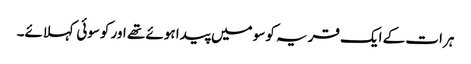
ہرات کے ایک قریہ کوسو میں پیدا ہوئے تھے اور کوسوئی کہلائے۔